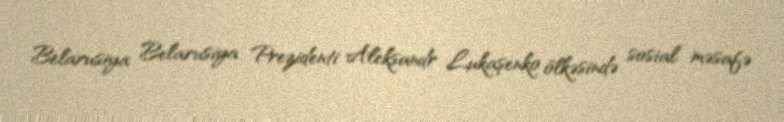
Belarusiya Belarusiya Prezidenti Aleksandr Lukaşenko ölkəsində sosial məsafə